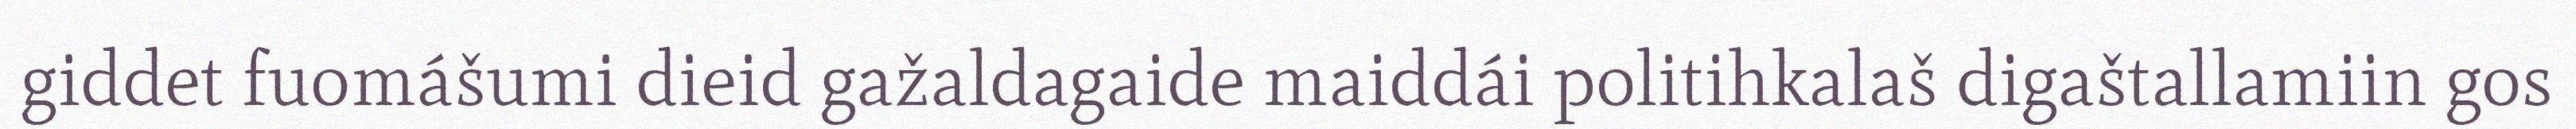
giddet fuomášumi dieid gažaldagaide maiddái politihkalaš digaštallamiin gos